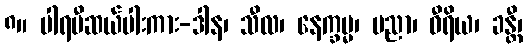
၈။ ပါရမီဆယ်ပါးကား-ဒါန၊ သီလ၊ နေက္ခမ္မ၊ ပညာ၊ ဝီရိယ၊ ခန္တီ၊